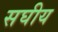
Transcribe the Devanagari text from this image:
सघीय